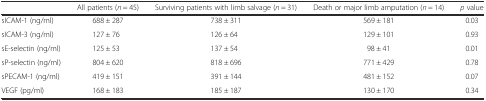
<table><thead><tr><td></td><td><b>All patients (<i>n</i> = 45)</b></td><td><b>Surviving patients with limb salvage (<i>n</i> = 31)</b></td><td><b>Death or major limb amputation (<i>n</i> = 14)</b></td><td><b><i>p</i> value</b></td></tr></thead><tbody><tr><td>sICAM-1 (ng/ml)</td><td>688 ± 287</td><td>738 ± 311</td><td>569 ± 181</td><td>0.03</td></tr><tr><td>sICAM-3 (ng/ml)</td><td>127 ± 76</td><td>126 ± 64</td><td>129 ± 101</td><td>0.93</td></tr><tr><td>sE-selectin (ng/ml)</td><td>125 ± 53</td><td>137 ± 54</td><td>98 ± 41</td><td>0.01</td></tr><tr><td>sP-selectin (ng/ml)</td><td>804 ± 620</td><td>818 ± 696</td><td>771 ± 429</td><td>0.78</td></tr><tr><td>sPECAM-1 (ng/ml)</td><td>419 ± 151</td><td>391 ± 144</td><td>481 ± 152</td><td>0.07</td></tr><tr><td>VEGF (pg/ml)</td><td>168 ± 183</td><td>185 ± 187</td><td>130 ± 170</td><td>0.34</td></tr></tbody></table>